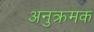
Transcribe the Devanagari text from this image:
अनुक्रमक